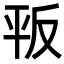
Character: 𢆕